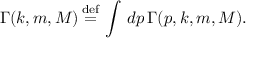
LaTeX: \Gamma ( k , m , M ) \mathop = ^ { \mathrm { d e f } } \, \int \, d p \, \Gamma ( p , k , m , M ) .